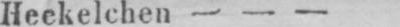
Heckelchen - - -